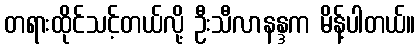
တရားထိုင်သင့်တယ်လို့ ဦးသီလာနန္ဒက မိန့်ပါတယ်။